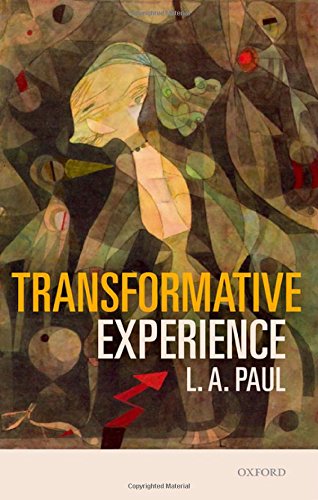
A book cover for Transformative Experience; L. A. Paul; Politics & Social Sciences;